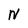
Character: N